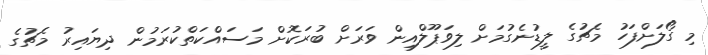
މި ގޯލަށްފަހު މެޗުގެ ލީޑުނެގުމަށް ލިވަޕޫލްއިން ވަރަށް ބުރަކޮށް މަސައްކަތްކުރަމުން ދިޔައިރު މެޗުގެ